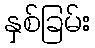
နှစ်ခြမ်း